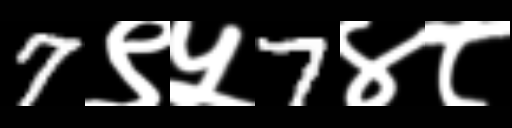
Text: 7९५7४८